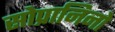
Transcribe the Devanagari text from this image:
सोप्रानिनो